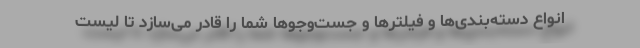
انواع دسته‌بندی‌ها و فیلترها و جست‌وجوها شما را قادر می‌سازد تا لیست